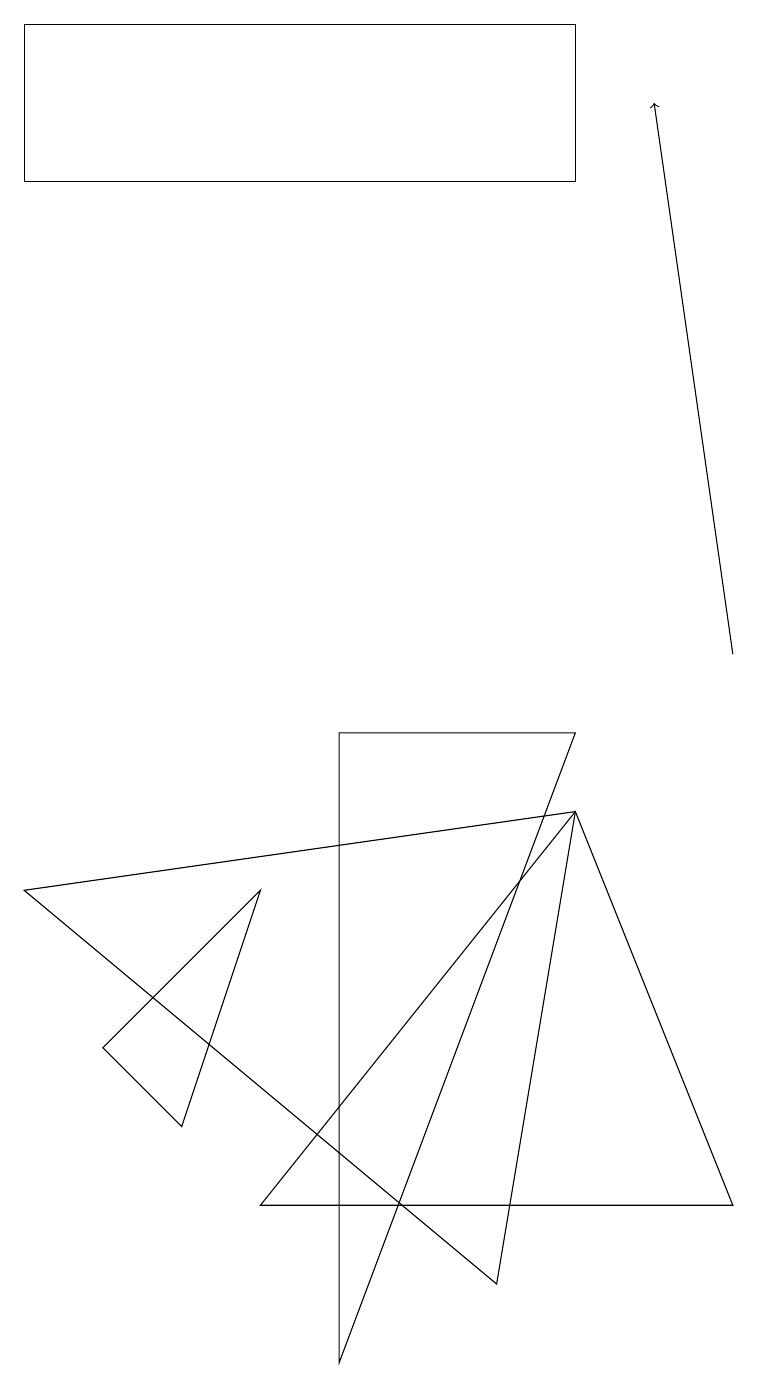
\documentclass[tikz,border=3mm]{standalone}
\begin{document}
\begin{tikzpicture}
\draw[->] (9,10) -- (8,17);
\draw (3,3) -- (9,3) -- (7,8) -- cycle;
\draw (4,9) -- (7,9) -- (4,1) -- cycle;
\draw (7,16) rectangle (0,18);
\draw (1,5) -- (3,7) -- (2,4) -- cycle;
\draw (6,2) -- (7,8) -- (0,7) -- cycle;
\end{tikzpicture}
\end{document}